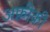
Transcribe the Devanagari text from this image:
अफ़्रीक़ी